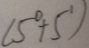
( 5 ^ { 0 } + 5 ^ { 1 } )